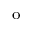
\mathrm { ^ o }